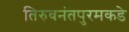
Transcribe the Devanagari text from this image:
तिरुवनंतपुरमकडे